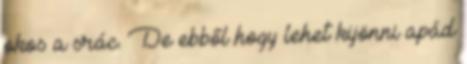
okos a srác. De ebből hogy lehet kijönni apád